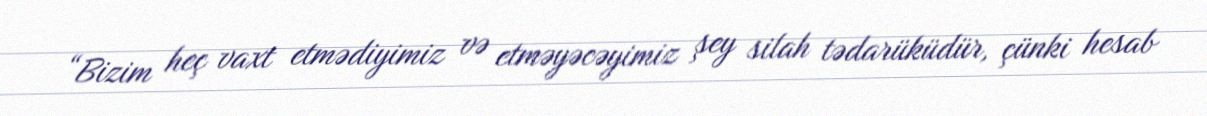
“Bizim heç vaxt etmədiyimiz və etməyəcəyimiz şey silah tədarüküdür, çünki hesab